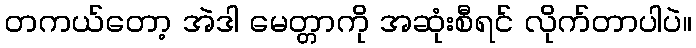
တကယ်တော့ အဲဒါ မေတ္တာကို အဆုံးစီရင် လိုက်တာပါပဲ။